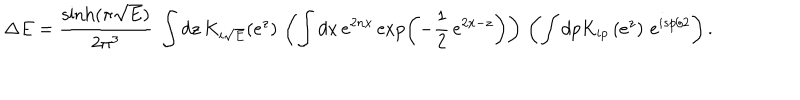
\Delta E = \frac { \sinh ( \pi \sqrt { E } ) } { 2 \pi ^ { 3 } } ~ \int d z \, K _ { i \sqrt { E } } ( e ^ { z } ) \, \left( \int d x \, e ^ { 2 n x } \exp \left( - \frac { 1 } { 2 } \, e ^ { 2 x - z } \right) \right) \, \left( \int d p K _ { i p } \left( e ^ { z } \right) \, e ^ { i s p / 2 } \right) .